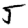
Digit: 5